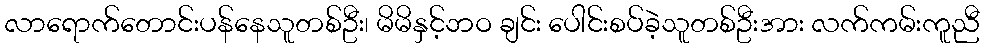
လာရောက်တောင်းပန်နေသူတစ်ဦး၊ မိမိနှင့်ဘဝ ချင်း ပေါင်းစပ်ခဲ့သူတစ်ဦးအား လက်ကမ်းကူညီ